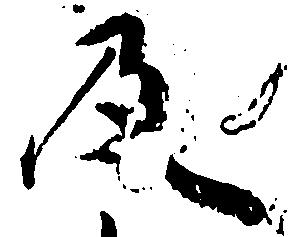
及